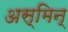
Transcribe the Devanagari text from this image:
अस्मिन्